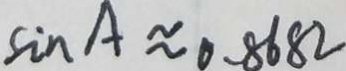
\sin A \approx 0 . 8 6 8 2